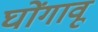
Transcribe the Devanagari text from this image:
घोंगावू